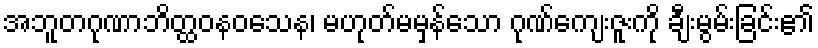
အဘူတဂုဏာဘိတ္ထဝနဝသေန၊ မဟုတ်မမှန်သော ဂုဏ်ကျေးဇူးကို ချီးမွမ်းခြင်း၏